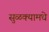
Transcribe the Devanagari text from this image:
सुळक्यामधे